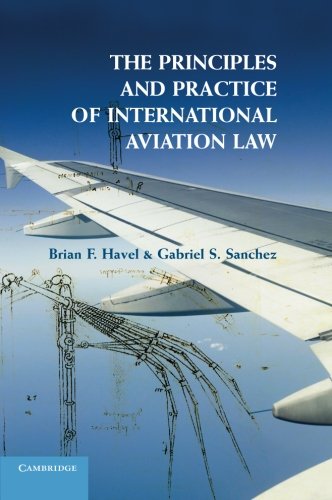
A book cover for The Principles and Practice of International Aviation Law; Brian F. Havel; Law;